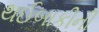
થઈબાકીની